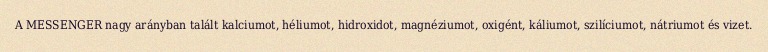
A MESSENGER nagy arányban talált kalciumot, héliumot, hidroxidot, magnéziumot, oxigént, káliumot, szilíciumot, nátriumot és vizet.